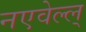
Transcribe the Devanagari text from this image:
नएवेल्ल्